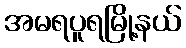
အမရပူရမြို့နယ်